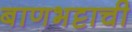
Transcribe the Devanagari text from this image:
बाणभट्टाची